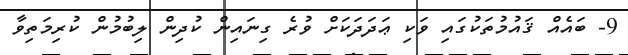
9- ބައެއް ޤައުމުތަކުގައި ވަކި ޢަދަދަކަށް ވުރެ ގިނައިން ކުދިން ލިބުމުން ކުރިމަތިވާ